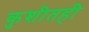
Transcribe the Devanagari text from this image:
कुशीतही